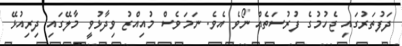
ދަފުތަރުގައި ޖެހުމުގެ ފުރުސަތެއް ނޯވެ އެވެ. ނަމަވެސް މުއިއްޒު ވިދާޅުވީ މާލޭގައި ދިރިއުޅޭ